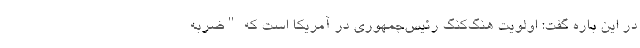
در این باره گفت: اولویت هنگ‌کنگ رئیس‌جمهوری در آمریکا است که "ضربه